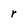
Character: r